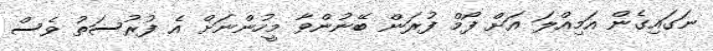
ނަގައިގެން އަމިއްލަ އަށް ފޯމް ފުރަން ބޭނުންވާ މީހުންނަށް އެ ފުރުސަތު ވެސް